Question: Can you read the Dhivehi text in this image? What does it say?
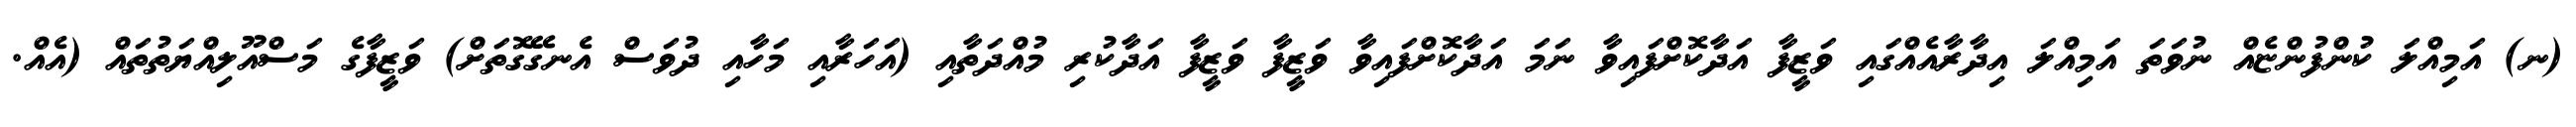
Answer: (ނ) އަމިއްލަ ކުންފުންޏެއް ނުވަތަ އަމިއްލަ އިދާރާއެއްގައި ވަޒީފާ އަދާކޮށްފައިވާ ނަމަ އަދާކޮށްފައިވާ ވަޒީފާ ވަޒީފާ އަދާކުރި މުއްދަތާއި (އަހަރާއި މަހާއި ދުވަސް އެނގޭގޮތަށް) ވަޒީފާގެ މަސްއޫލިއްޔަތުތައް (އެއް.